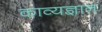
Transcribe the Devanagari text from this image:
काव्यज्ञान